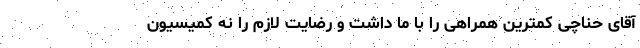
آقای حناچی کمترین همراهی را با ما داشت و رضایت لازم را نه کمیسیون